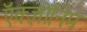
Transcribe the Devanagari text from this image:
ऍक्ज़ोनिम